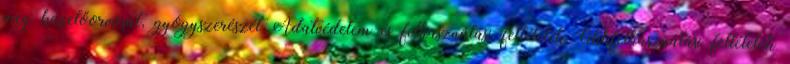
meg kezelőorvosát, gyógyszerészét Adatvédelem és felhasználási feltételek Cikkfelhasználási feltételek